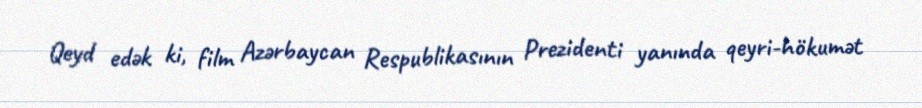
Qeyd edək ki, film Azərbaycan Respublikasının Prezidenti yanında qeyri-hökumət